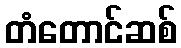
တံတောင်ဆစ်